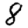
Digit: 8